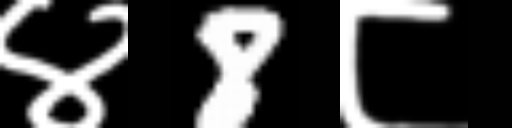
Text: ४8८